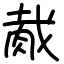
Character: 胾